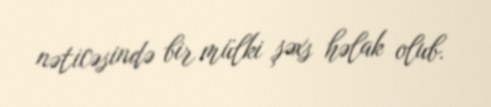
nəticəsində bir mülki şəxs həlak olub.